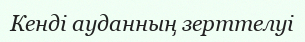
Кенді ауданның зерттелуі